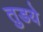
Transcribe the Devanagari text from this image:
तुडये